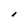
Character: l